Senior Leaving Certificate Examination (including Day School Certificate (Higher) General paper), 1950
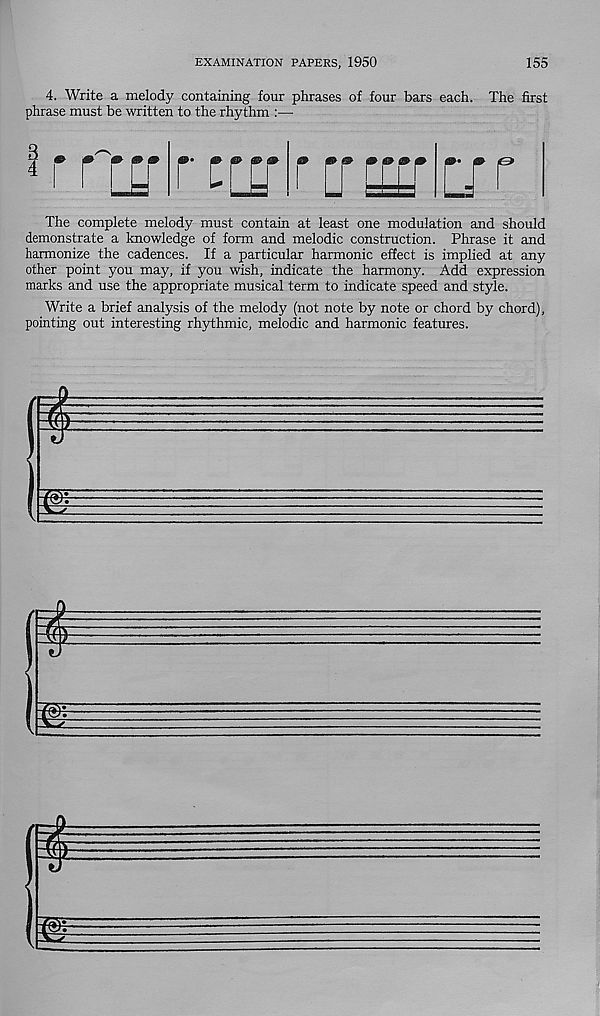
EXAMINATION PAPERS, 1950
155
4. Write a melody containing four phrases of four bars each,
phrase must be written to the rhythm :—
The first
4
r[£f rcrsvcrsf nr
The complete melody must contain at least one modulation and should
demonstrate a knowledge of form and melodic construction. Phrase it and
harmonize the cadences. If a particular harmonic effect is implied at any
other point you may, if you wish, indicate the harmony. Add expression
marks and use the appropriate musical term to indicate speed and style.
Write a brief analysis of the melody (not note by note or chord by chord),
pointing out interesting rhythmic, melodic and harmonic features.